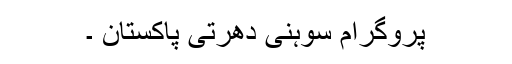
پروگرام سوہنی دھرتی پاکستان ۔